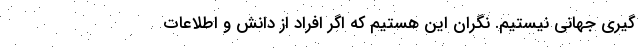
گیری جهانی نیستیم. نگران این هستیم که اگر افراد از دانش و اطلاعات